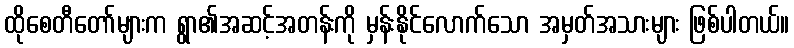
ထိုစေတီတော်များက ရွာ၏အဆင့်အတန်းကို မှန်းနိုင်လောက်သော အမှတ်အသားများ ဖြစ်ပါတယ်။